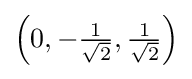
\left(0,-{\tfrac {1}{\sqrt {2}}},{\tfrac {1}{\sqrt {2}}}\right)